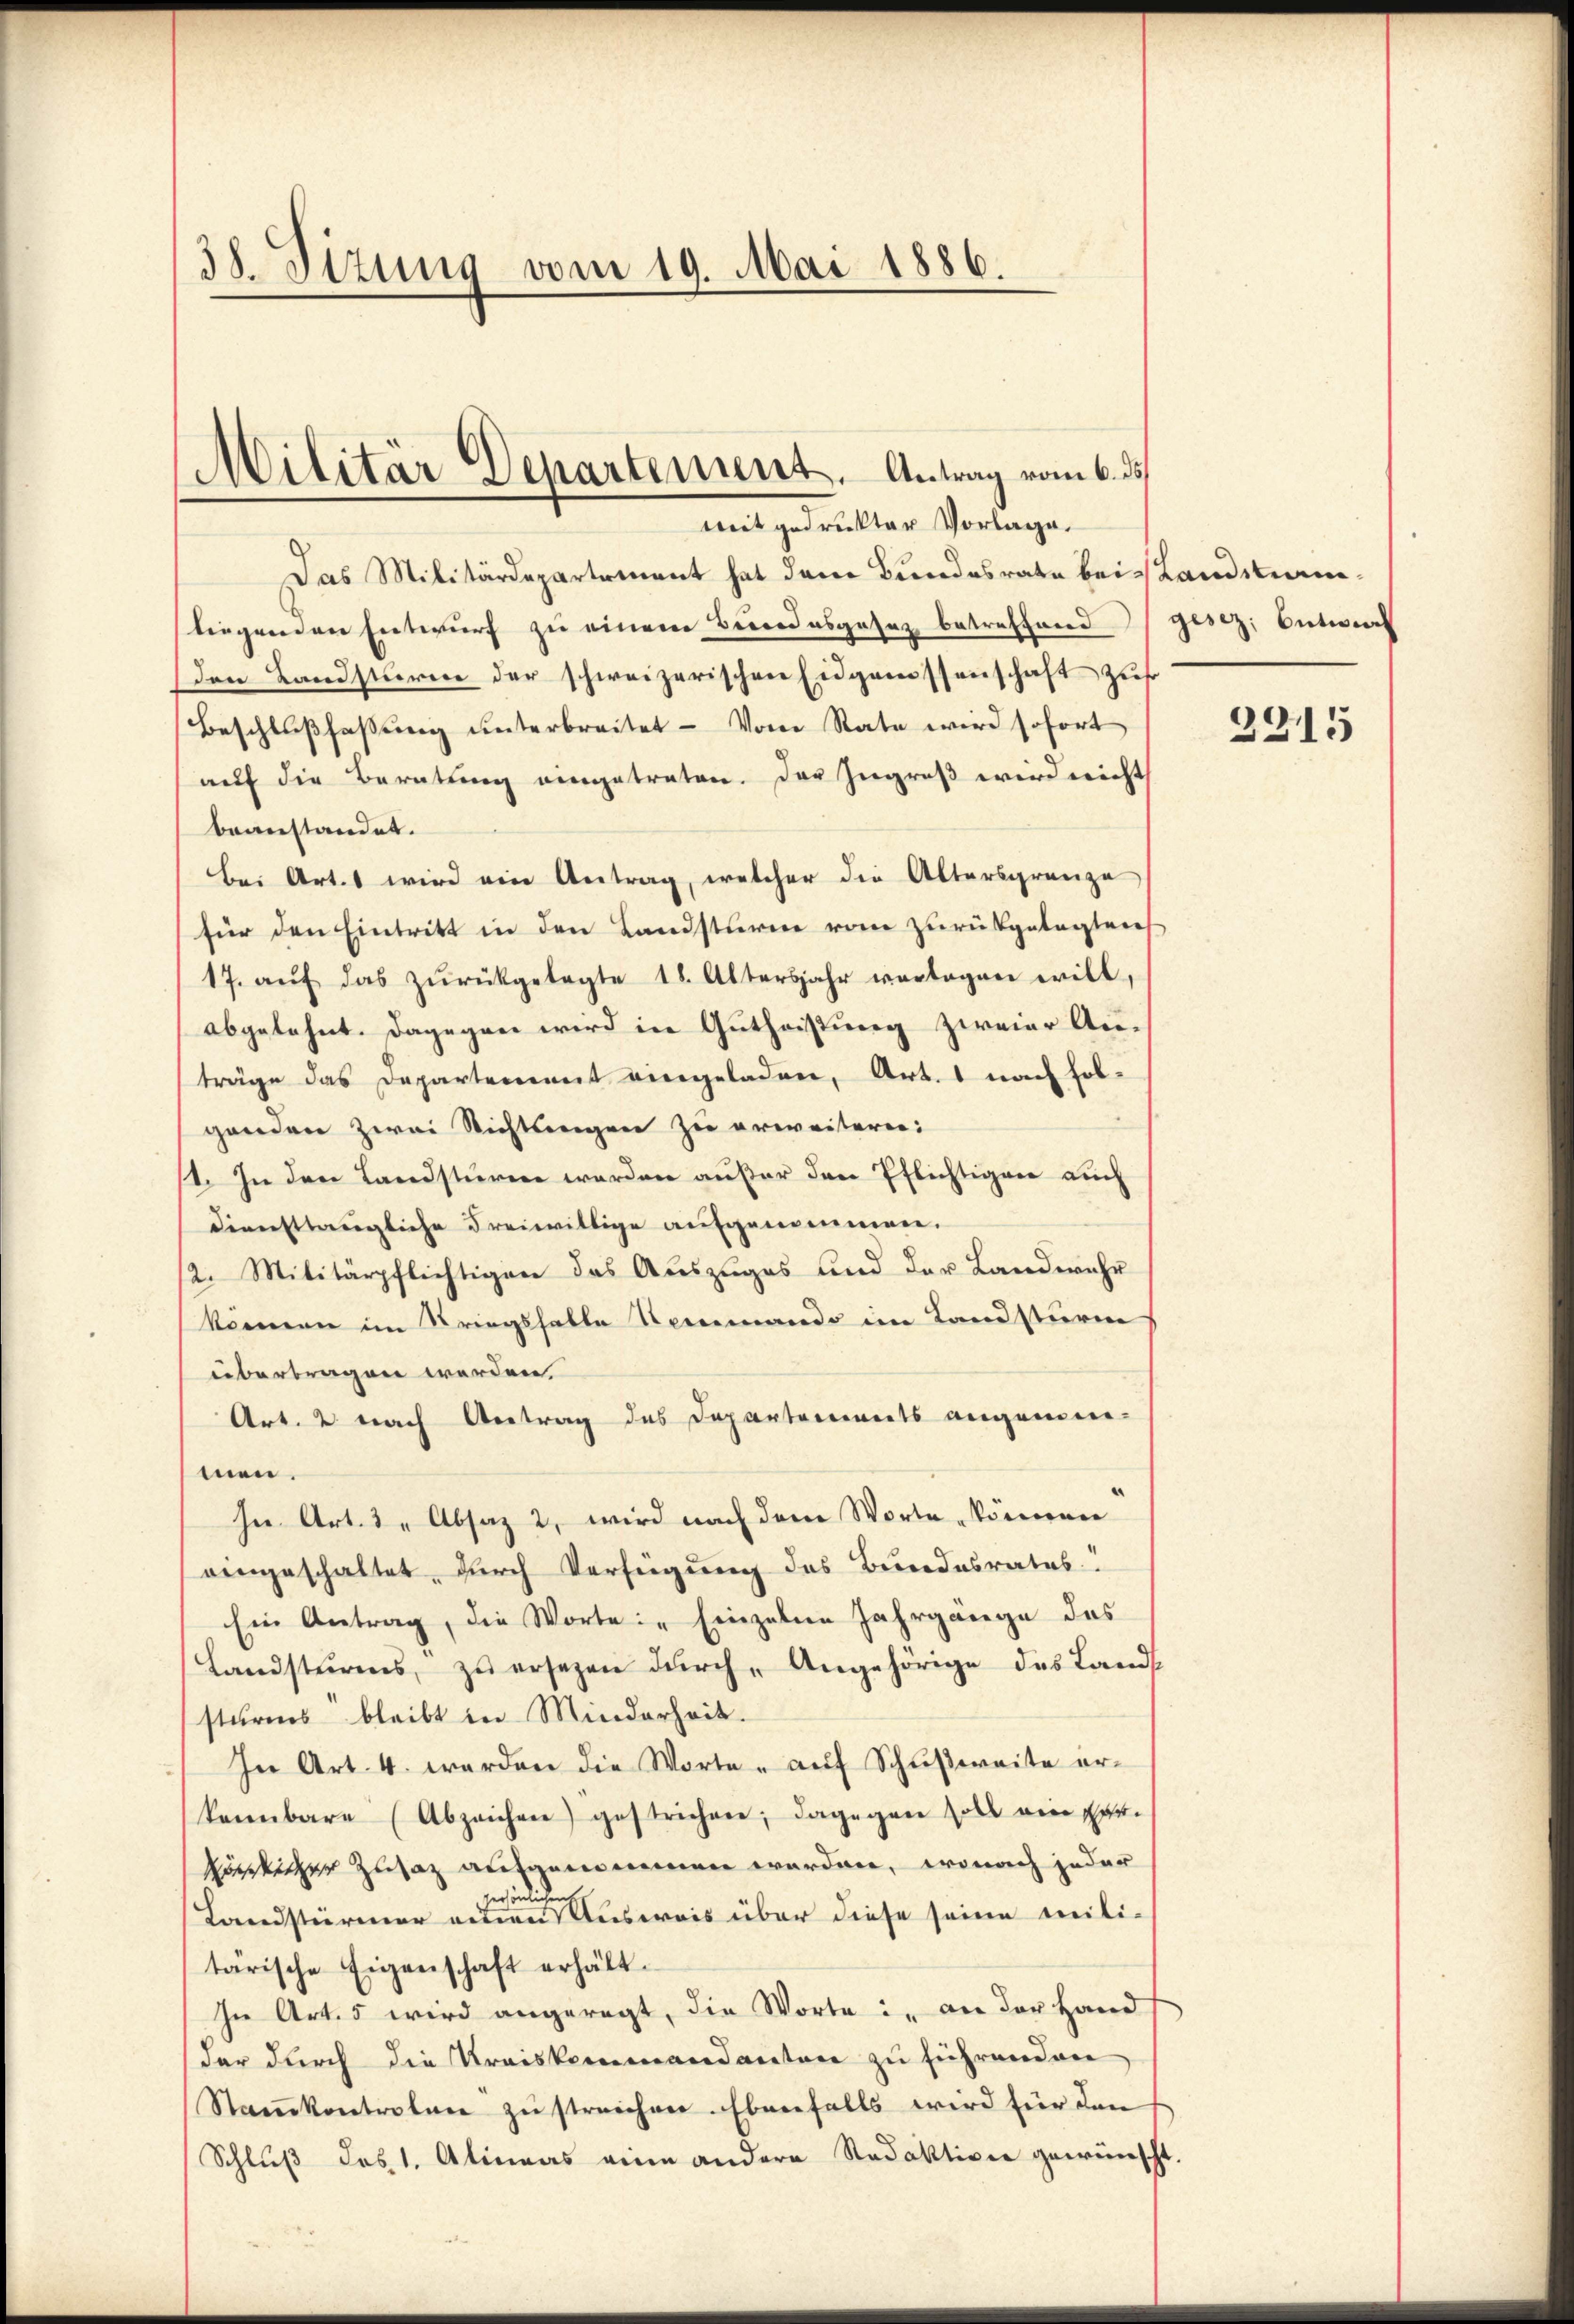
38. Sitzung vom 19. Mai 1886.

Das Militärdepartement hat dem Bundesrate bei Landstramliegenden Entwurf zu einere Berrodesgesez betreffend
den Landsturm der schweizerischen Eidgenossenschaft zus
Beschlußfassung unterbreitet – vom Rate wird sofort
auf die Beratung eingetreten. Der Zugreß wird nicht
beanstandet.
bei Art. 1 wird ein Antrag, welcher die Altersgrenze
für den Eintritt in den Landsturme vom zurükgetagten
17. aŭf das zŭrückgelegte 18. Altersjahr verlagen will,
abgelehnt. Dagegen wird in Gutheistung zweier Auträge das Departement eingeladen, Art. 1 nach holganden zwei Richtlangen zu erweitern:
11. In den Landstüre werden außer den Pflichtigen auch
diensttaugliche Freiwillige aufgenommen.
2. Militärpflichtigen das Auszuges und der Landwehr
können im Kriegshalte Neumando im Landstürm
übertragen werden.
Art. 2 nach Antrag des Departements angemein-
men.
In Art. 3, Absaz 2, wird nach dem Worte können
eingeschaltet, durch Verfügung des Bundesrates!
Ein Antrag, die Worte: „Einzelne Jahrgänge des
Landstürens, zŭ ersezen dŭrch Angehörige des Lands
sturms bleibt in Minderheit.
In Art. 4. werden die Worte - aŭf Schŭβweite er-
kannbare (Abzeichen) gestrichen; dagegen soll ein per-
förtiger Zusatz aufgenommen werden, wonach jeder
Landstürmer einen Ausweis über diese seine militärische Eigenschaft erhält.
In Art. 5 wird angeregt, die Worte in an der Hand
der durch die Kreiskommandanten zu führenden
Stankontreten zu streichen. Ebenfalls wird für den
Schlŭβ des 1. Alineas eine andere Redaktione gewünscht.

Militär Departement. Antrag vom 6. d.
mit gedrukter Vorlage.

gesez; Entwich

2315